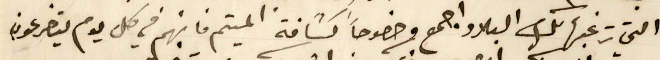
التي ترغبها لك البلاد اجمع وخصوصاً كشافة الميتم فانهم في كل يوم يتضرعون